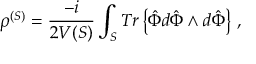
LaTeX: \rho ^ { ( { \cal S } ) } = \frac { - i } { 2 V ( { \cal S } ) } \int _ { { \cal S } } { T r \left\{ \hat { \Phi } d \hat { \Phi } \wedge d \hat { \Phi } \right\} } \ ,